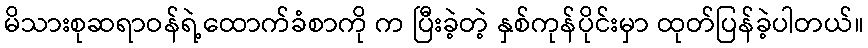
မိသားစုဆရာဝန်ရဲ့ထောက်ခံစာကို က ပြီးခဲ့တဲ့ နှစ်ကုန်ပိုင်းမှာ ထုတ်ပြန်ခဲ့ပါတယ်။